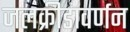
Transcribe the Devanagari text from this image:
जलक्रीडावर्णन